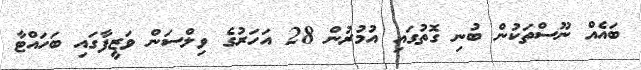
ބައެއް ނޫސްތަކުން ބުނި ގޮތުގައި އުމުރުން 28 އަހަރުގެ ވިލްސަން ވަޒީފާގައި ބަހައްޓާ